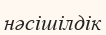
нәсішілдік